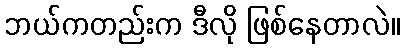
ဘယ်ကတည်းက ဒီလို ဖြစ်နေတာလဲ။